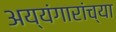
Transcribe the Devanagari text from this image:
अय्यंगारांच्या